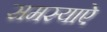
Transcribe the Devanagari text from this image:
समस्याऐ